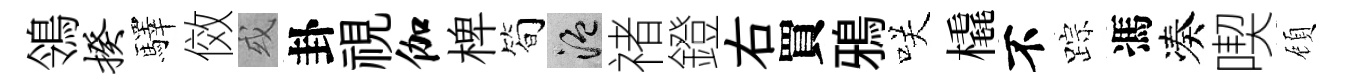
鴒揆驛傚或卦視伽椑简温禇鐙右買鴉咲橇不踪馮凑喫頋